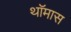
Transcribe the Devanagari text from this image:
थॉमास